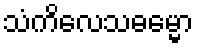
သံကိလေသဓမ္မော